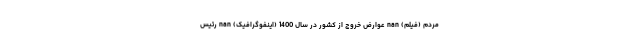
مردم (فیلم) nan عوارض خروج از کشور در سال 1400 (اینفوگرافیک) nan رئیس